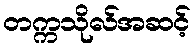
တက္ကသိုလ်အဆင့်